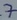
Text: 7